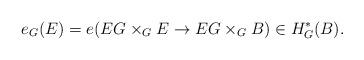
LaTeX: \begin{align*}e_G(E) = e(EG \times_G E \to EG \times_G B) \in H_G^\ast(B).\end{align*}